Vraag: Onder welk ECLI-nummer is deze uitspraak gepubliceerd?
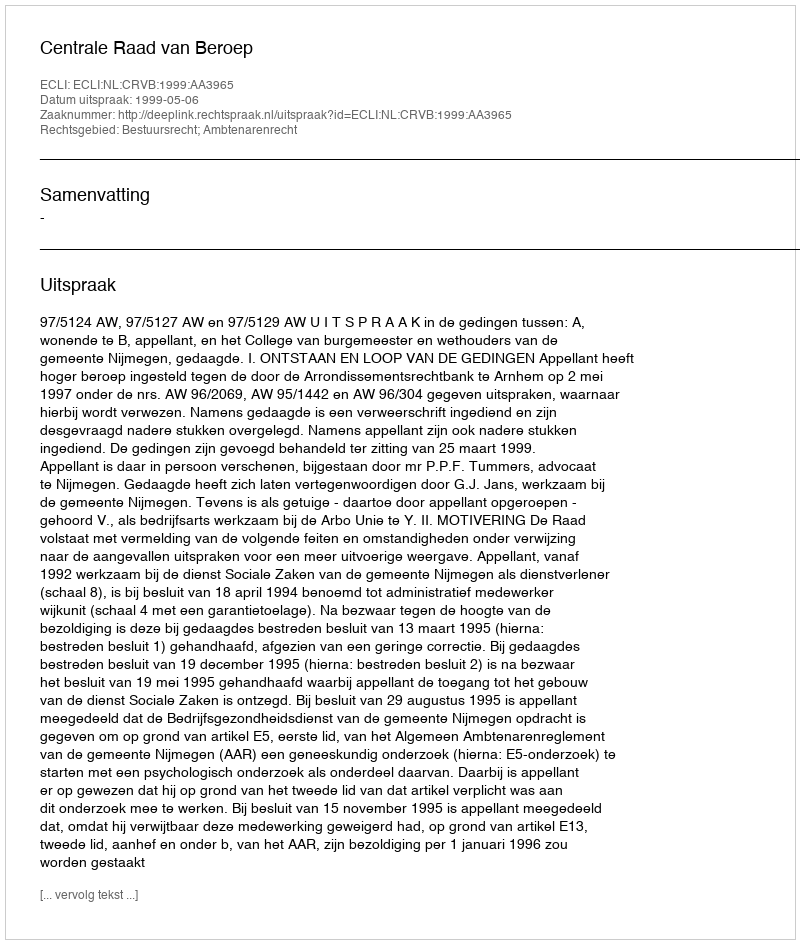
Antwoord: ECLI:NL:CRVB:1999:AA3965